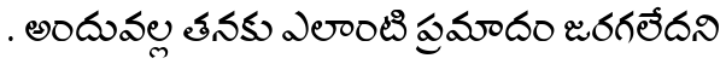
. అందువల్ల తనకు ఎలాంటి ప్రమాదం జరగలేదని